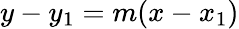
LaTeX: y-y_{1}=m(x-x_{1})